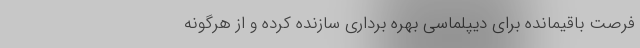
فرصت باقیمانده برای دیپلماسی بهره برداری سازنده کرده و از هرگونه